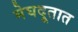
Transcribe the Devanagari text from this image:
मेघदूतात